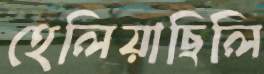
হেলিয়াছিলি